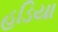
હડિયા